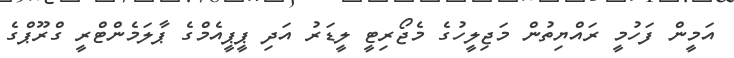
އަމީން ފަހުމީ ރައްޔިތުން މަޖިލީހުގެ މެޖޯރިޓީ ލީޑަރު އަދި ޕީޕީއެމްގެ ޕާލަމެންޓްރީ ގްރޫޕްގެ